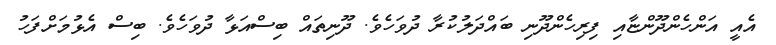
އެއީ އަންހެންދޫންޏާއި ފިރިހެންދޫނި ބައްދަލުކުރާ ދުވަހެވެ. ދޫނިތައް ބިސްއަޅާ ދުވަހެވެ. ބިސް އެޅުމަށްފަހު